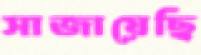
সাজায়েছি